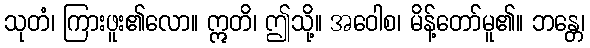
သုတံ၊ ကြားဖူး၏လော။ ဣတိ၊ ဤသို့။ အဝေါစ၊ မိန့်တော်မူ၏။ ဘန္တေ၊